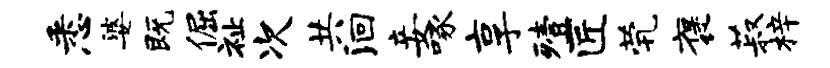
悉婆既倔祉次共洄妾啄享殪匠茕褒菽梓